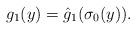
LaTeX: \begin{align*} g_1(y) = \hat g_1 (\sigma_0 (y)).\end{align*}